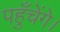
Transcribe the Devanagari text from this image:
पहुँचेंगे।